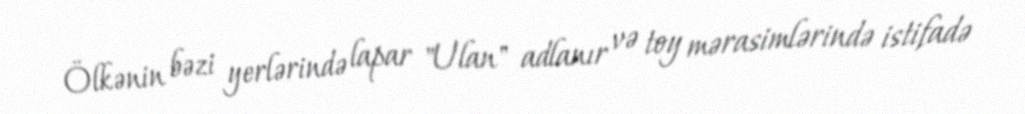
Ölkənin bəzi yerlərində lapar "Ulan" adlanır və toy mərasimlərində istifadə